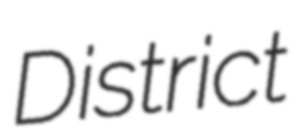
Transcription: District